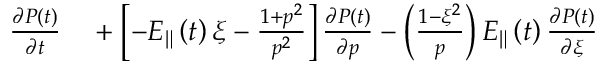
\begin{array} { r l } { \frac { \partial P \left( t \right) } { \partial t } } & { { } + \left[ - E _ { \Vert } \left( t \right) \xi - \frac { 1 + p ^ { 2 } } { p ^ { 2 } } \right] \frac { \partial P \left( t \right) } { \partial p } - \left( \frac { 1 - \xi ^ { 2 } } { p } \right) E _ { \Vert } \left( t \right) \frac { \partial P \left( t \right) } { \partial \xi } } \end{array}